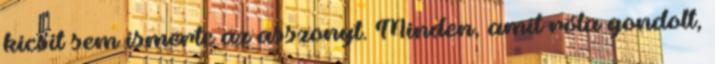
kicsit sem ismerte az asszonyt. Minden, amit róla gondolt,